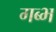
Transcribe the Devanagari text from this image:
गब्भ